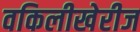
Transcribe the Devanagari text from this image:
वकिलीखेरीज